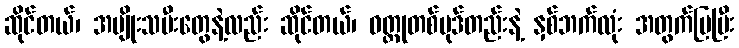
ဆိုင်တယ်၊ အမျိုးသမီးတွေနဲ့လည်း ဆိုင်တယ်၊ ဝတ္ထုတစ်ပုဒ်တည်းနဲ့ နှစ်ဘက်လုံး အတွက်ပြပြီး